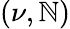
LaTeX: (\nu,\mathbb{N})